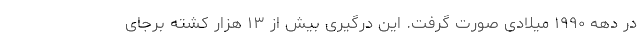
در دهه ۱۹۹۰ میلادی صورت گرفت. این درگیری بیش از ۱۳ هزار کشته برجای